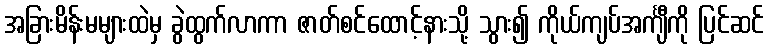
အခြားမိန်းမများထဲမှ ခွဲထွက်လာကာ ဇာတ်စင်ထောင့်နားသို့ သွား၍ ကိုယ်ကျပ်အင်္ကျီကို ပြင်ဆင်